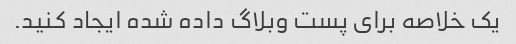
یک خلاصه برای پست وبلاگ داده شده ایجاد کنید.